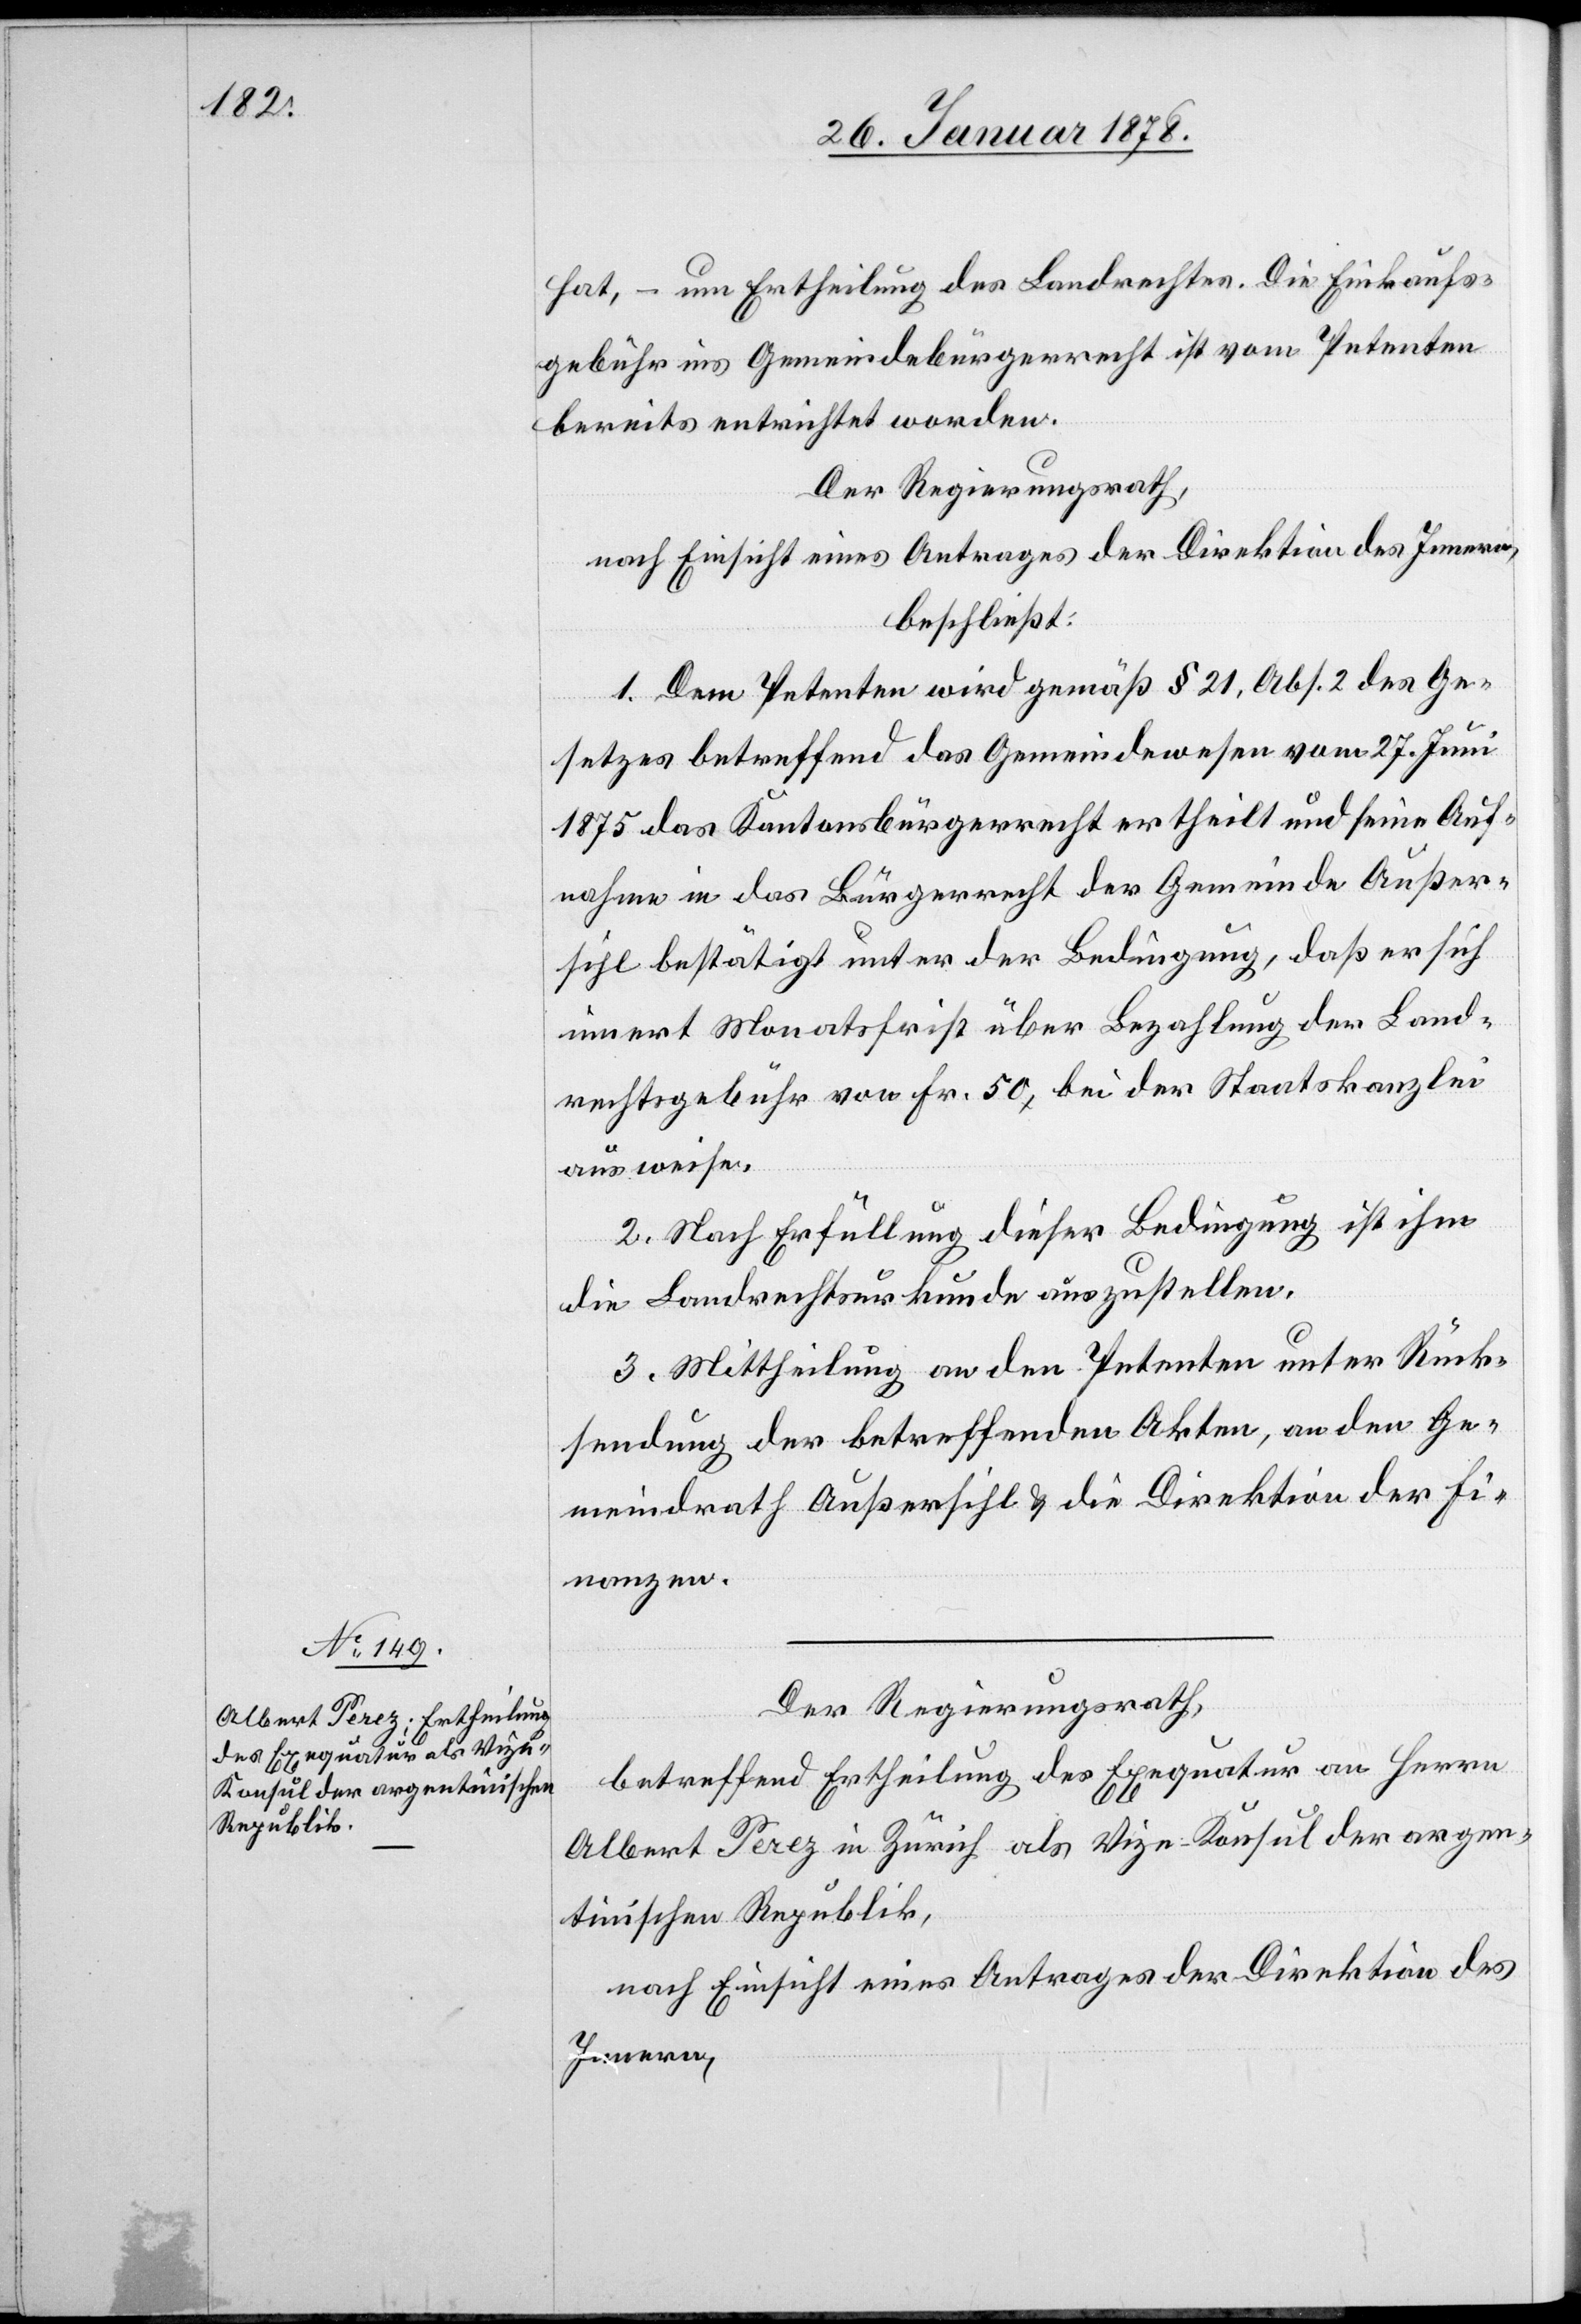
hat, – um Ertheilung des Landrechtes. Die Einkaufs¬
gebühr ins Gemeindebürgerrecht ist vom Petenten
bereits entrichtet worden.
Der Regierungsrath,
nach Einsicht eines Antrages der Direktion des Innern
beschließt:
1. Dem Petenten wird gemäß § 21 Abs. 2 des Ge¬
setzes betreffend das Gemeindwesen vom 27. Juni
1875 das Kantonsbürgerrecht ertheilt und seine Auf¬
nahme in das Bürgerrecht der Gemeinde Außer¬
sihl bestätigt unter der Bedingung, daß er sich
innert Monatsfrist über Bezahlung der Land¬
rechtsgebühr von Fr. 50 bei der Staatskanzlei
ausweise.
2. Nach Erfüllung dieser Bedingung ist ihm
die Landrechtsurkunde auszustellen.
3. Mittheilung an den Petenten unter Rück¬
sendung der betreffenden Akten, an den Ge¬
meindrath Außersihl & die Direktion der Fi¬
nanzen.
Der Regierungsrath,
betreffend Ertheilung der Exequatur an Herrn
Albert Perez in Zürich als Vize-Konsul der argen¬
tinischen Republik,
nach Einsicht eines Antrages der Direktion des
Innern,